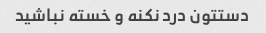
دستتون درد نکنه و خسته نباشید